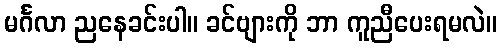
မင်္ဂလာ ညနေခင်းပါ။ ခင်ဗျားကို ဘာ ကူညီပေးရမလဲ။